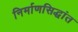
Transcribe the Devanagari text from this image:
निर्माणसिद्धांत